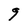
Character: 9